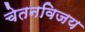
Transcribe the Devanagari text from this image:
चेतनविजय